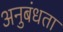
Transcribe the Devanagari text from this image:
अनुबंधता